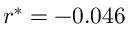
r ^ { * } = - 0 . 0 4 6